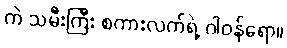
ကဲ သမီးကြီး စကားလက်ရဲ့ ဂါဝန်ရော။